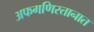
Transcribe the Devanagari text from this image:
अफगणिस्तानात